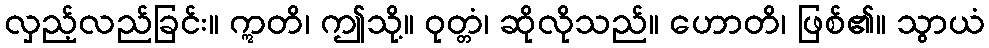
လှည့်လည်ခြင်း။ ဣတိ၊ ဤသို့။ ဝုတ္တံ၊ ဆိုလိုသည်။ ဟောတိ၊ ဖြစ်၏။ သွာယံ